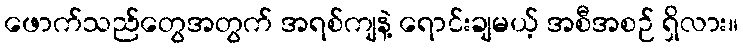
ဖောက်သည်တွေအတွက် အရစ်ကျနဲ့ ရောင်းချမယ့် အစီအစဉ် ရှိလား။